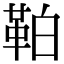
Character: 𩊀